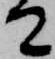
て